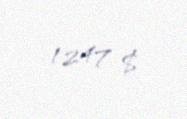
1247 $